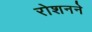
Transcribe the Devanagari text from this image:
रोशनने